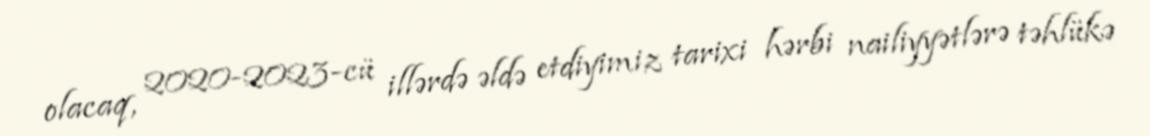
olacaq, 2020-2023-cü illərdə əldə etdiyimiz tarixi hərbi nailiyyətlərə təhlükə